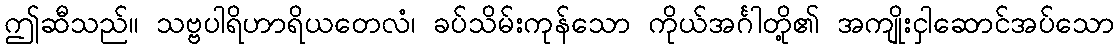
ဤဆီသည်။ သဗ္ဗပါရိဟာရိယတေလံ၊ ခပ်သိမ်းကုန်သော ကိုယ်အင်္ဂါတို့၏ အကျိုးငှါဆောင်အပ်သော